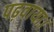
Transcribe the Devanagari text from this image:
पढ़वाया।